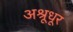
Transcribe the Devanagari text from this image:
अश्रूधूर